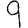
Digit: 9